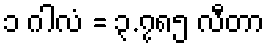
၁ ဂါလံ = ၃.၇၈၅ လီတာ